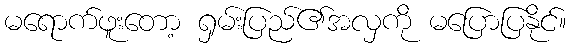
မရောက်ဖူးတော့ ရှမ်းပြည်၏အလှကို မပြောပြနိုင်။